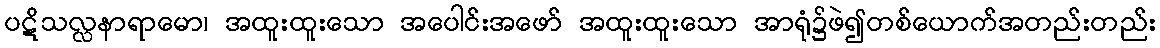
ပဋိသလ္လနာရာမော၊ အထူးထူးသော အပေါင်းအဖော် အထူးထူးသော အာရုံ၌ဖဲ၍တစ်ယောက်အတည်းတည်း